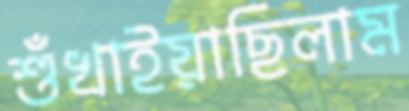
শুঁখাইয়াছিলাম